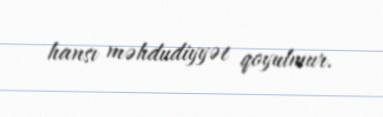
hansı məhdudiyyət qoyulmur.